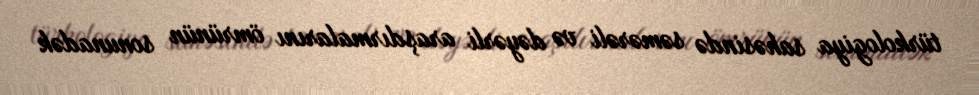
türkologiya sahəsində səmərəli və dəyərli araşdırmalarını ömrünün sonunadək